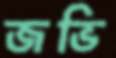
জভি